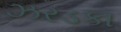
ઝરડકા